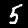
Digit: 5